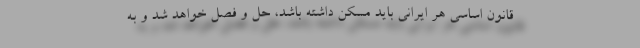
قانون اساسی هر ایرانی باید مسکن داشته باشد، حل و فصل خواهد شد و به